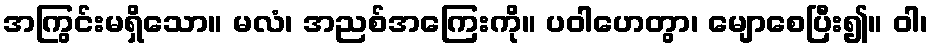
အကြွင်းမရှိသော။ မလံ၊ အညစ်အကြေးကို။ ပဝါဟေတွာ၊ မျောစေပြီး၍။ ဝါ၊